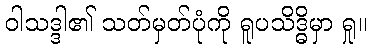
ဝါသဒ္ဒါ၏ သတ်မှတ်ပုံကို ရူပသိဒ္ဓိမှာ ရှု။